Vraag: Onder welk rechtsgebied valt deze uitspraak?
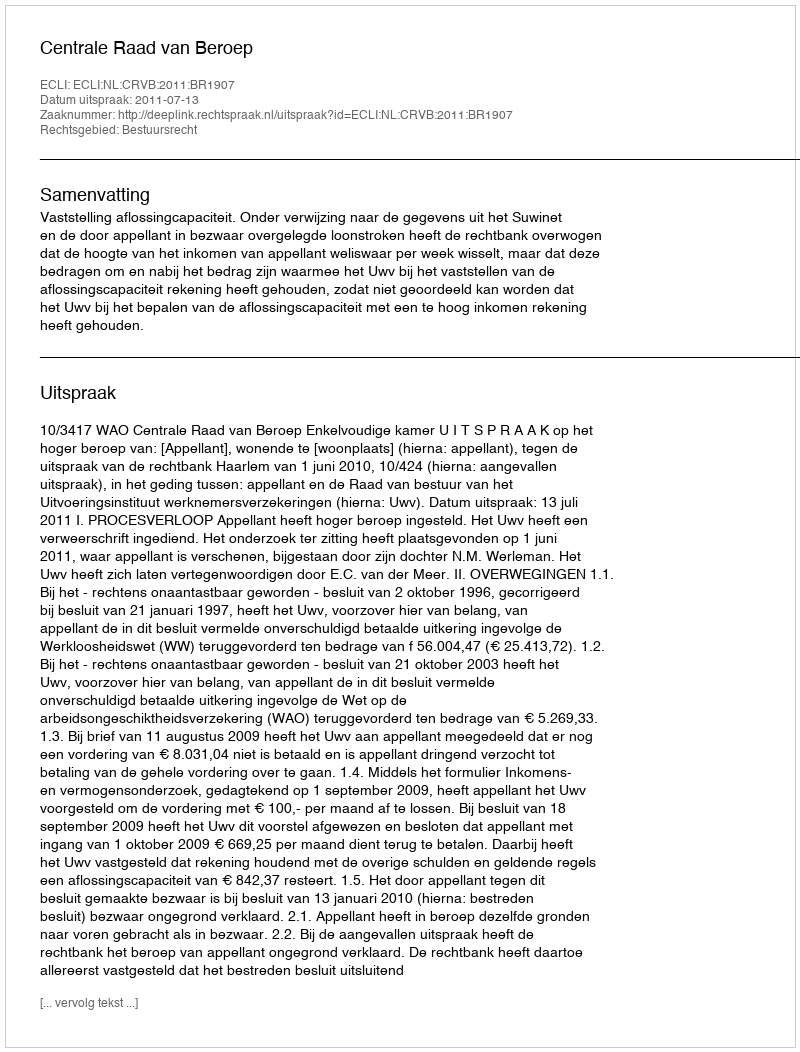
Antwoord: Bestuursrecht